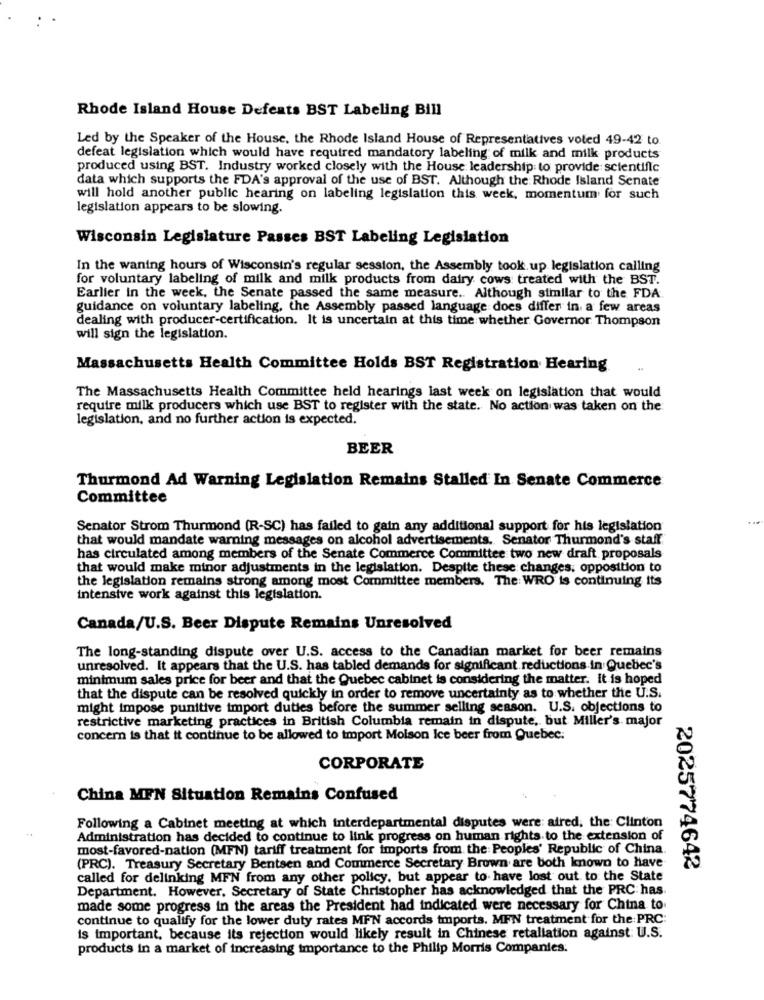
Rhode Island House Defeats BST Labeling Bill
Led by the Speaker of the House, the Rhode Island House of Representatives voted 49-42 to.
defeat legislation which would have required mandatory labeling of milk and milk products
produced using BST. Industry worked closely with the House leadership to provide scientific
data which supports the FDA's approval of the use of BST. Although the Rhode Island Senate
will hold another public hearing on labeling legislation this week, momentum for such
legislation appears to be slowing.
Wisconsin Legislature Passes BST Labeling Legislation
In the waning hours of Wisconsin's regular session, the Assembly took up legislation calling
for voluntary labeling of milk and milk products from dairy cows treated with the BST.
Earlier in the week, the Senate passed the same measure .. Although similar to the FDA.
guidance on voluntary labeling, the Assembly passed language does differ in a few areas
dealing with producer-certification. It is uncertain at this time whether Governor Thompson
will sign the legislation.
Massachusetts Health Committee Holds BST Registration Hearing
The Massachusetts Health Committee held hearings last week on legislation that would
require milk producers which use BST to register with the state. No action was taken on the
legislation, and no further action is expected.
BEER
Thurmond Ad Warning Legislation Remains Stalled In Senate Commerce
Committee
Senator Strom Thurmond (R-SC) has failed to gain any additional support for his legislation
that would mandate warning messages on alcohol advertisements. Senator Thurmond's staff
has circulated among members of the Senate Commerce Committee two new draft proposals
that would make minor adjustments in the legislation. Despite these changes, opposition to
the legislation remains strong among most Committee members. The: WRO is continuing its
intensive work against this legislation.
Canada/U.S. Beer Dispute Remains Unresolved
The long-standing dispute over U.S. access to the Canadian market for beer remains
unresolved. It appears that the U.S. has tabled demands for significant reductions in Quebec's
minimum sales price for beer and that the Quebec cabinet is considering the matter. it is hoped
that the dispute can be resolved quickly in order to remove uncertainty as to whether the U.S.
might impose punitive import duties before the summer selling season. U.S. objections to
restrictive marketing practices in British Columbia remain in dispute, but Miller's major
concern is that it continue to be allowed to import Molson Ice beer from Quebec:
CORPORATE
China MFN Situation Remains Confused
Following a Cabinet meeting at which interdepartmental disputes were: aired, the: Clinton
Administration has decided to continue to link progress on human rights to the extension of
most-favored-nation (MFN) tariff treatment for imports from the Peoples' Republic of China.
(PRC). Treasury Secretary Bentsen and Commerce Secretary Brown are both known to have
2025774642
called for delinking MFN from any other policy, but appear to have lost out to the State
Department. However, Secretary of State Christopher has acknowledged that the PRC has
made some progress in the areas the President had indicated were necessary for China to
continue to qualify for the lower duty rates MFN accords imports. MEN treatment for the PRC
is important, because its rejection would likely result in Chinese retaliation against: U.S.
products in a market of increasing importance to the Philip Morris Companies: